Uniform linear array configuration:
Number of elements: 8
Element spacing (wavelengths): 0.75
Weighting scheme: hann
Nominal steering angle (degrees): -60
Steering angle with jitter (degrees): -59.249
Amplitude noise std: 0.05
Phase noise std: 0.05

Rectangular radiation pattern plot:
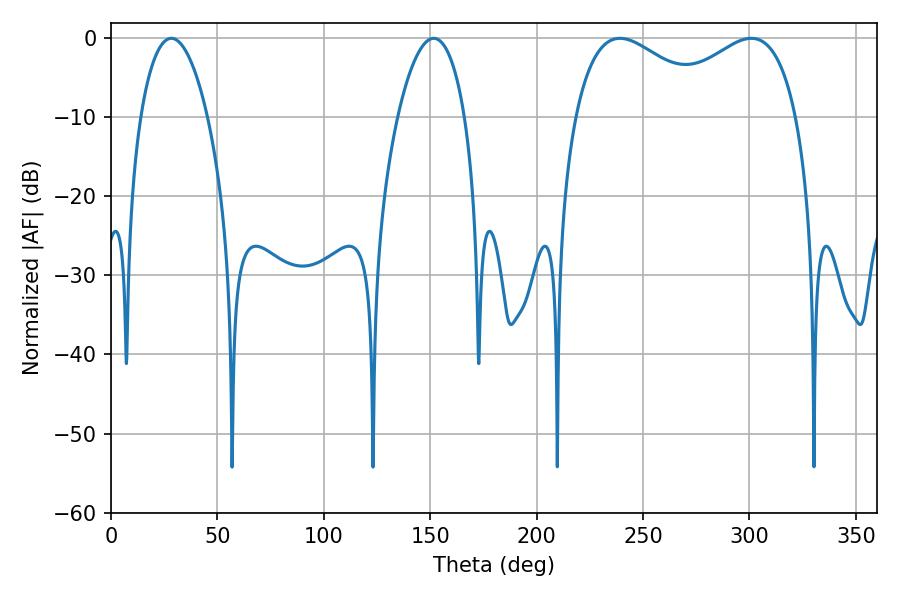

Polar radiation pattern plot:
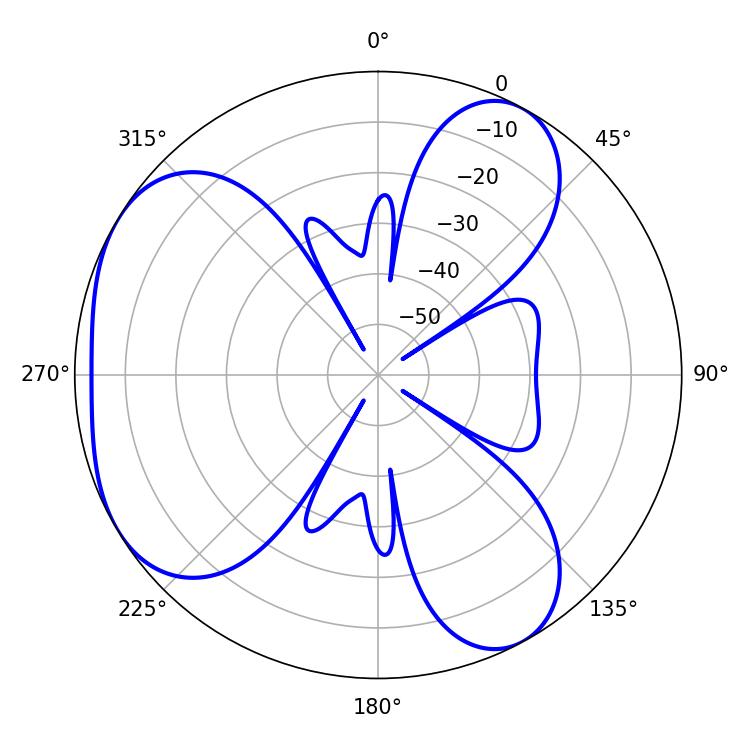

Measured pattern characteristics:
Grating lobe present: TRUE
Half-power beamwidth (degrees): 37.26
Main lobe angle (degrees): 239.22